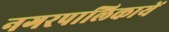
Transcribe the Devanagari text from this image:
नगरपालिकायें